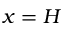
x = H